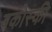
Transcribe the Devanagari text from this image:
बकोस्की